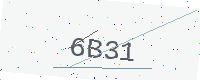
Text: 6B31